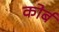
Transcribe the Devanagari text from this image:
कोर्ब